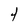
Character: 4